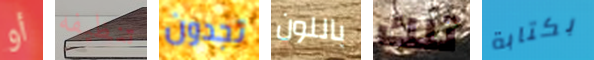
أو تنظيفه تجدون باللون تلك بكتابة